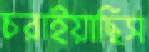
চরাইয়াছিস